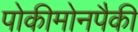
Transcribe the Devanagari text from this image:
पोकीमोनपैकी